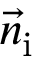
\vec { n } _ { \mathrm { i } }